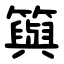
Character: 籅